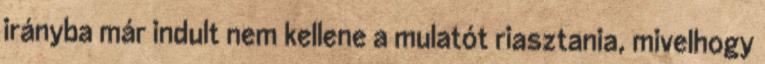
irányba már indult nem kellene a mulatót riasztania, mivelhogy